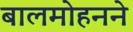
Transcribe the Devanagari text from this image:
बालमोहनने